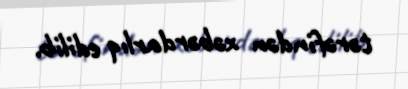
tərəfindən xəbərdarlıq edilib.